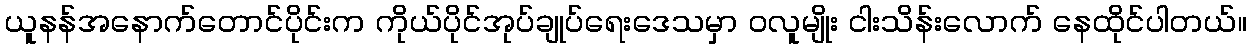
ယူနန်အနောက်တောင်ပိုင်းက ကိုယ်ပိုင်အုပ်ချုပ်ရေးဒေသမှာ ဝလူမျိုး ငါးသိန်းလောက် နေထိုင်ပါတယ်။